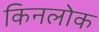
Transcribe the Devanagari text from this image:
किनलोक